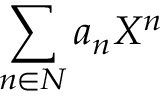
\sum _ { n \in N } a _ { n } X ^ { n }